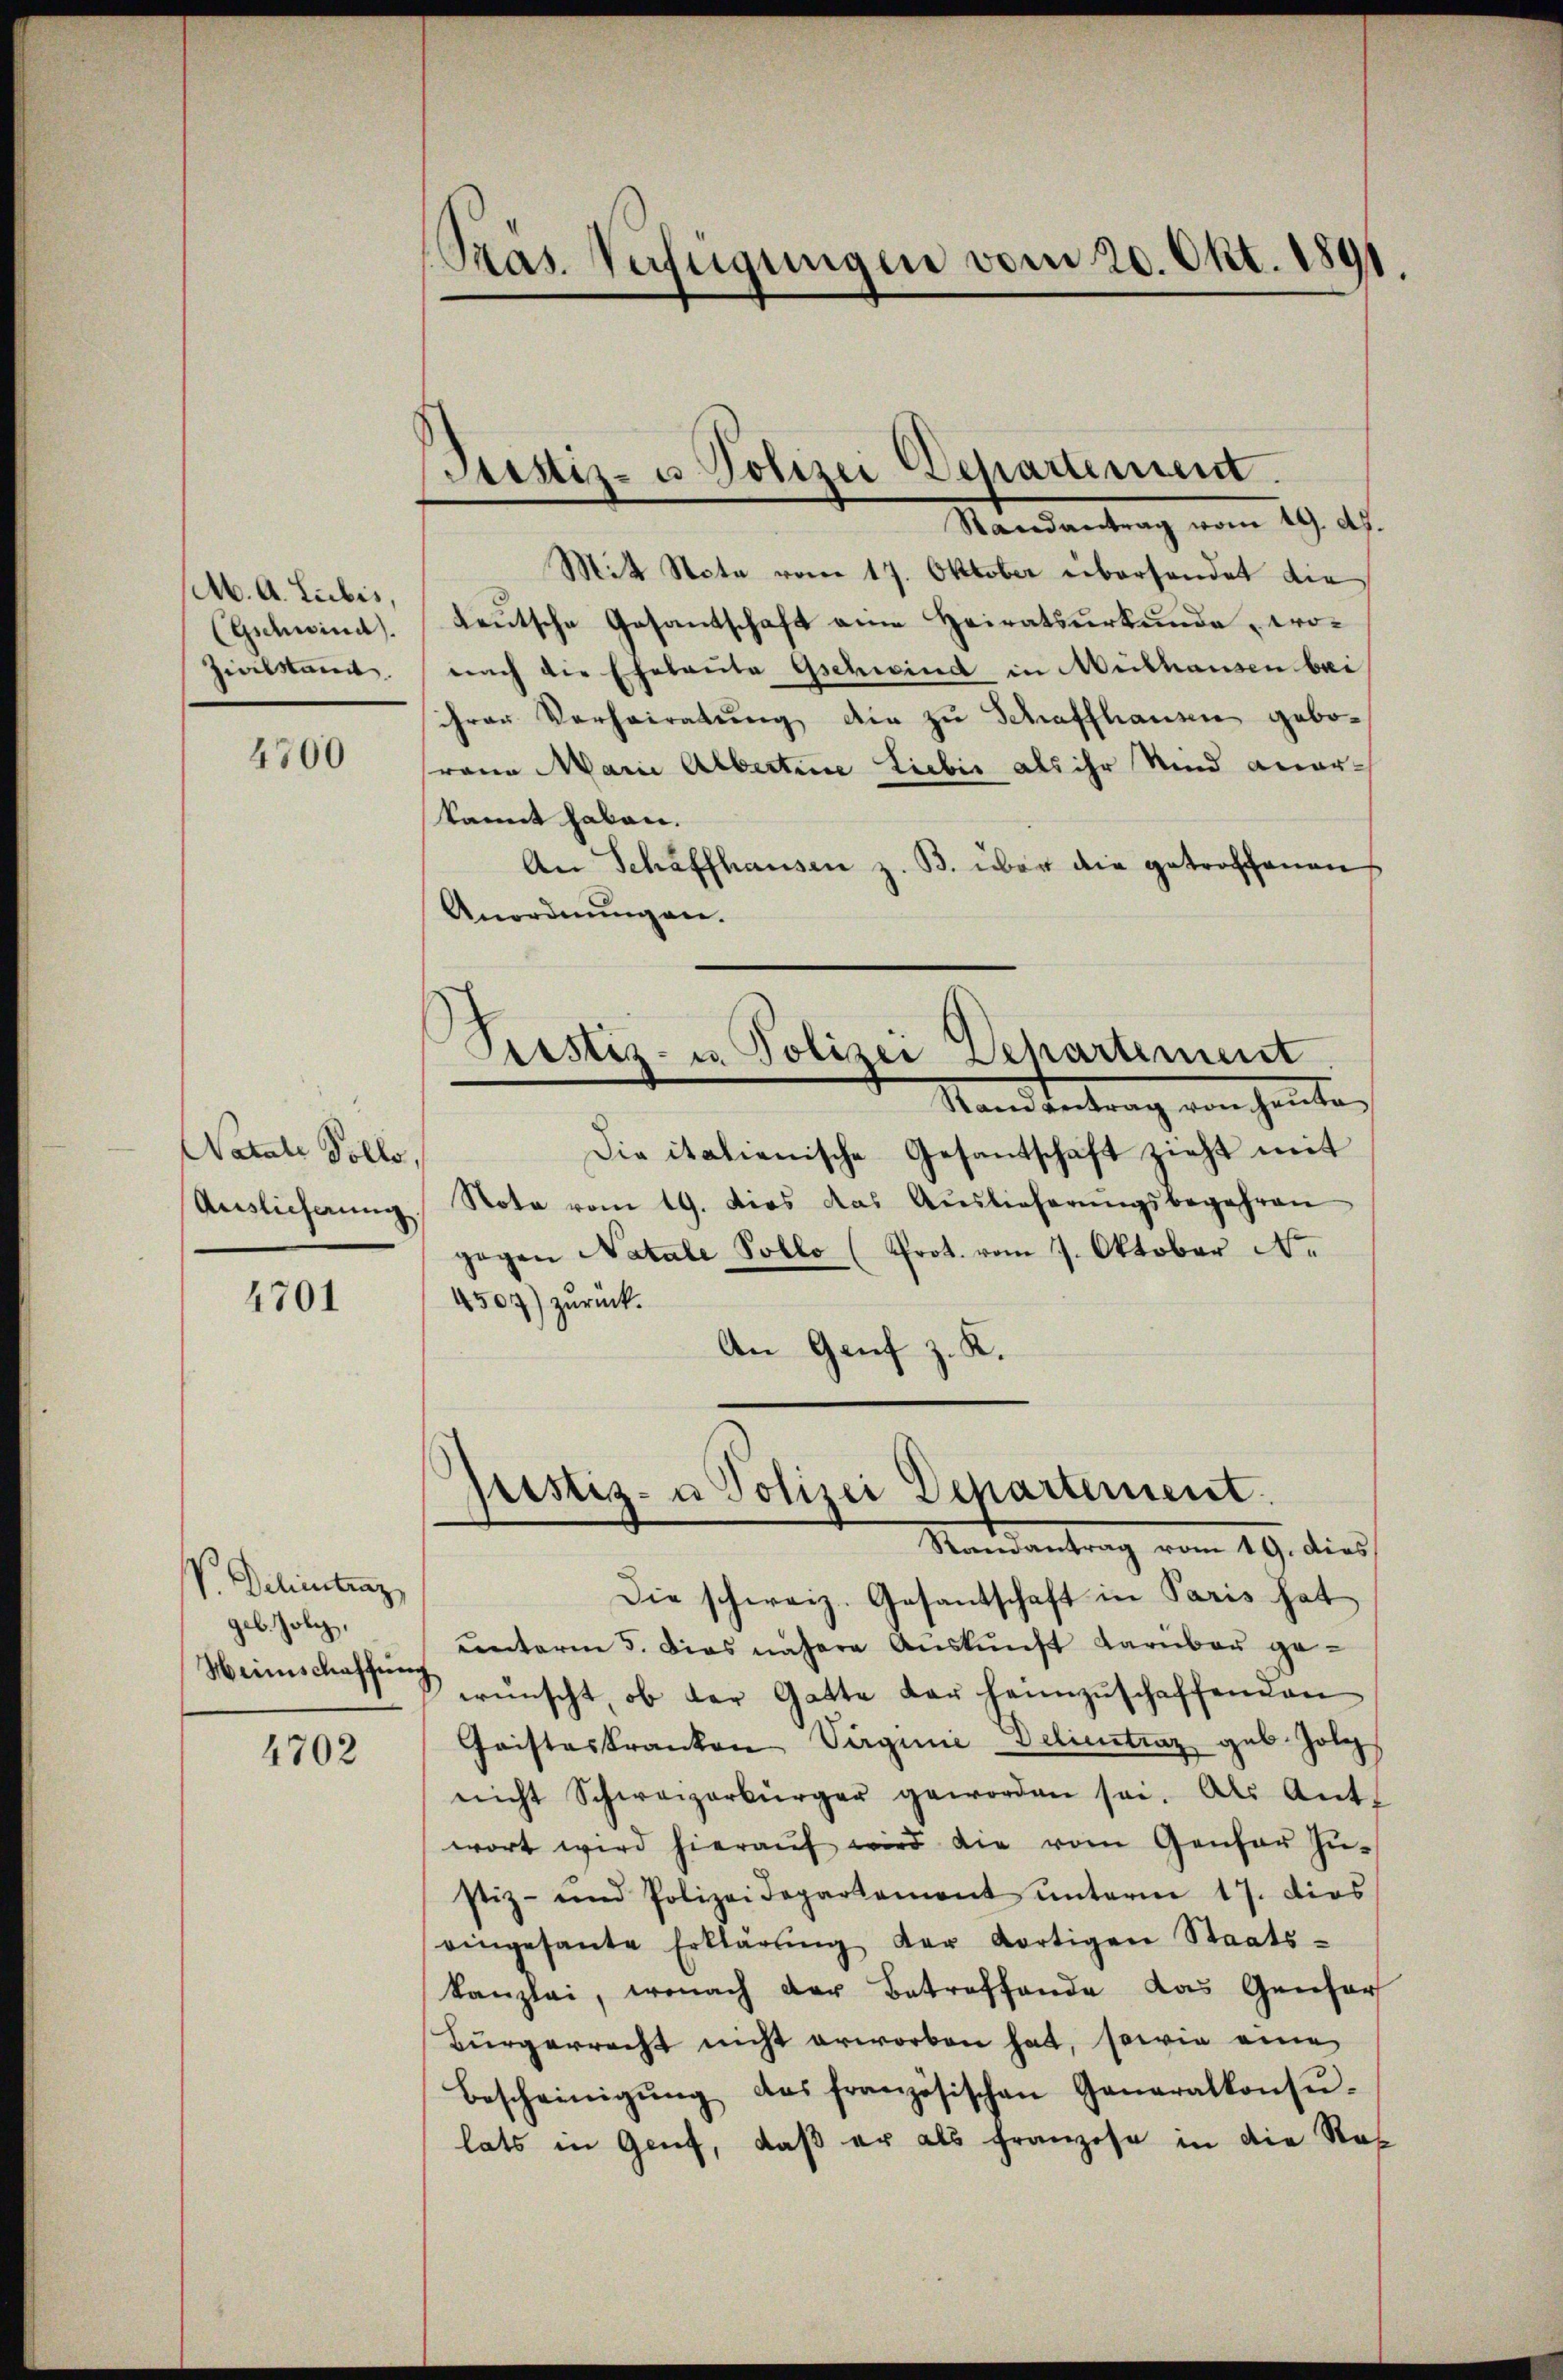
Ab. A. Lubis.
Gschwind
Zivilsam.

4700

Natale Volle,
Auslicherung

4701

V. Detentrag,
geb. Joli,
Heimschaffung

4702

Sras. Verfügungen vom 20. Okt. 1891.

Justiz- u. Polizei Departement.
Randantrag vom 19. ds.

Mit Note vom 17. Oktober überhandet die
teutsche Gesantschaft eine Heiratsurkunde, wonach die Eheleute Gschwind in Meithausen bei
ihrer Verheiratung die zu Schaffhausen geborain Marie Albertine Liebis als ihr und aner-
kannt haben.
An Schaffhausen z. B. über die getroffenen
Anordnungen.
Prestiz- u. Polizei Departement
Standentrag von heute,
Die italienische Gesantschaft zieht mit
Note vom 19. dies das Aŭslieferŭngsbegehren
gegen Natale Pollo (Prot. vom 7. Oktober Ne
4507) zurück.
An Genf z. K.

Justiz- u Polizei Departement.
Randantrag vom 29. dies

Die schweiz. Gesantschaft in Paris hat
unterm 5. Dies nähere Aŭskŭnft darüber gewünscht, ob der Gatte der heimzuschaffenden
Cristeskranken Virginie Delientraz geb. Jole
nicht Schweizerbürger geworden sei. Als Ant-
wort wird hieraŭf wird die vom Genfer zŭ-
stiz- und Polizeidepartament ŭnterm 17. dies
eingesante Erklärŭng der dortigen Staats-
Kanzlei, wonach der Betreffende das Genfer
Bürgerrecht nicht erworben hat, sowie eine
Bescheinigŭng des französischen Generalkonsŭ-
lats in Genf, daß er als Franzose in die Ros